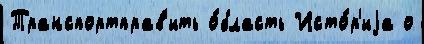
Транспортправ'ить о́бласть Исто́р'иjа о